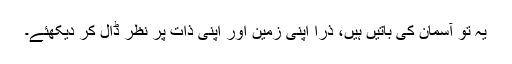
یہ تو آسمان کی باتیں ہیں، ذرا اپنی زمین اور اپنی ذات پر نظر ڈال کر دیکھئے۔